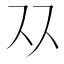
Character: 𬽡